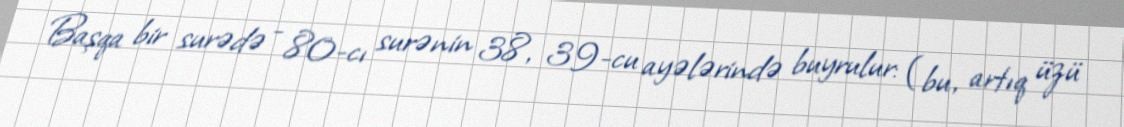
Başqa bir surədə - 80-cı surənin 38, 39-cu ayələrində buyrulur: (bu, artıq üzü